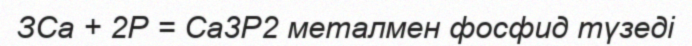
ЗСа + 2Р = Са3Р2 металмен фосфид түзеді